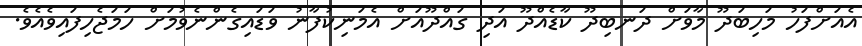
އެއަށްފަހު މަހިބަދޫ މާވަށް ދަނބިދޫ ކާޑެއްދޫ އަދި ގައްދޫއަށް އެމަނިކުފާނު ވަޑައިގެންނެވުމަށް ހަމަޖެހިފައިވެއެވެ.